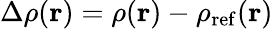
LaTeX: \Delta\rho({\mathbf r})=\rho({\mathbf r})-\rho_{\mathrm{ref}}({\mathbf r})